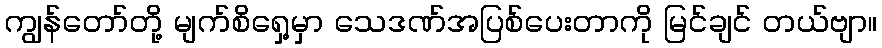
ကျွန်တော်တို့ မျက်စိရှေ့မှာ သေဒဏ်အပြစ်ပေးတာကို မြင်ချင် တယ်ဗျာ။